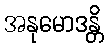
အနုမောဒန္တိ